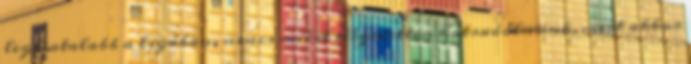
legfiatalabb a ligában, nincs miért elégedetten hátradőlnünk, mert akkor